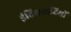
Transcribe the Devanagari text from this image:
इंद्रियवादियों